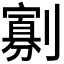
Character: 𭄖